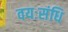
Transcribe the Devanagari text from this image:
वयःसंधि